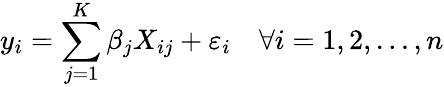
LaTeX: y_{i}=\sum_{j=1}^{K}\beta_{j}X_{ij}+\varepsilon_{i}\quad\forall i=1,2,\ldots,n